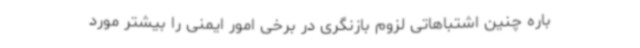
باره چنین اشتباهاتی لزوم بازنگری در برخی امور ایمنی را بیشتر مورد